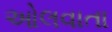
ઓલવાતા